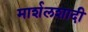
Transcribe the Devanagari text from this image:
मार्शलशादी